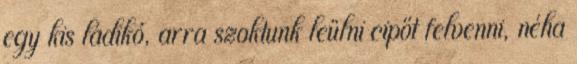
egy kis ládikó, arra szoktunk leülni cipőt felvenni, néha